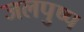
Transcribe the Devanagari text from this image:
जलपुष्प